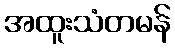
အထူးသံတမန်